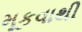
મૂકવાથી